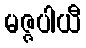
မဇ္ဇပါယီ